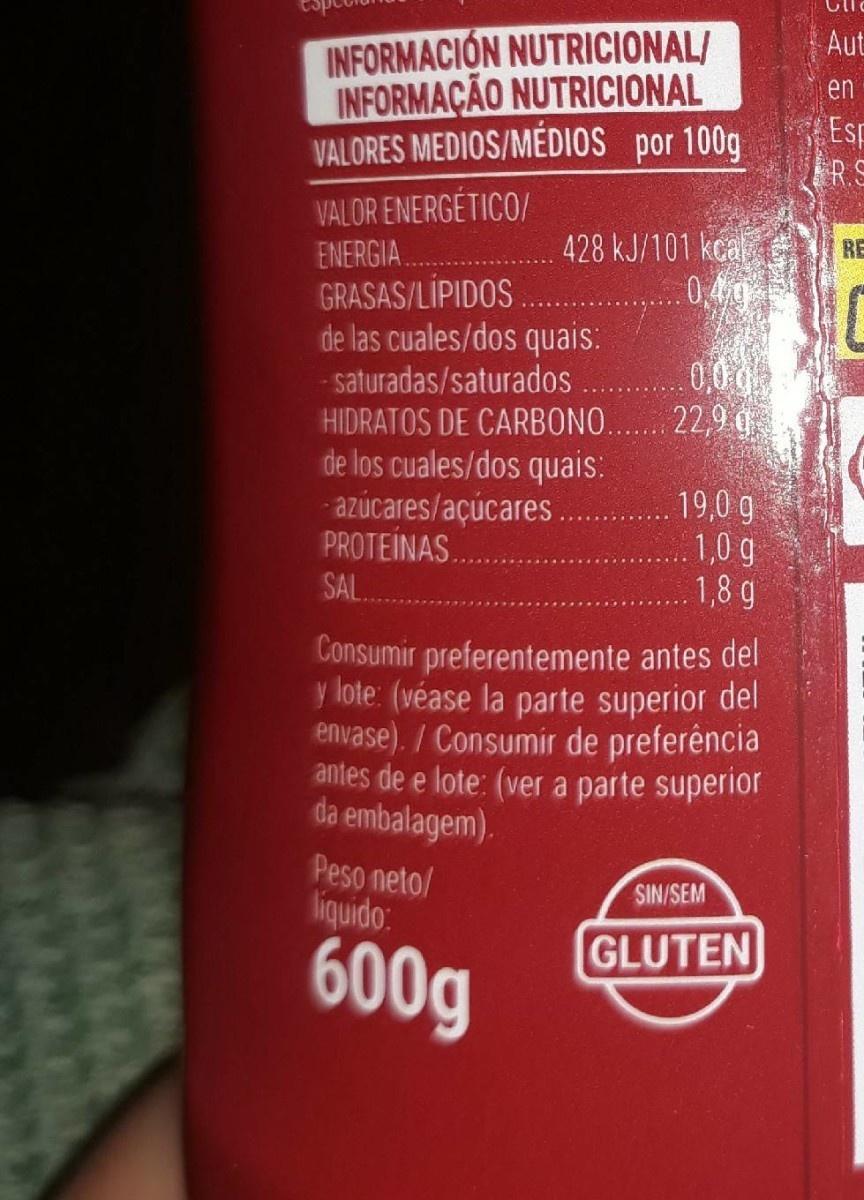
Cllc INFORMACION NUTRICIONAL/ INFORMAÇÃO NUTRICIONAL VALORES MEDIOS/MÉDIOS por 100g Aut en Esp R.S VALOR ENERGÉTICO/ ENERGIA GRASAS/LİPIDOS de las cuales/dos quais: - saturadas/saturados HIDRATOS DE CARBONO. de los cuales/dos quais: - azúcares/açúcares. PROTEINAS.. SAL. 428 kJ/101 kca RE 0,4g 0,00 22,9 q 19,0 g 1,0 g 1,8 g Consumir preferentemente antes del y lote: (véase la parte superior del envase). / Consumir de preferência antes de e lote: (ver a parte superior da embalagem). Peso neto/ liquido: SIN/SEM 600g GLUTEN